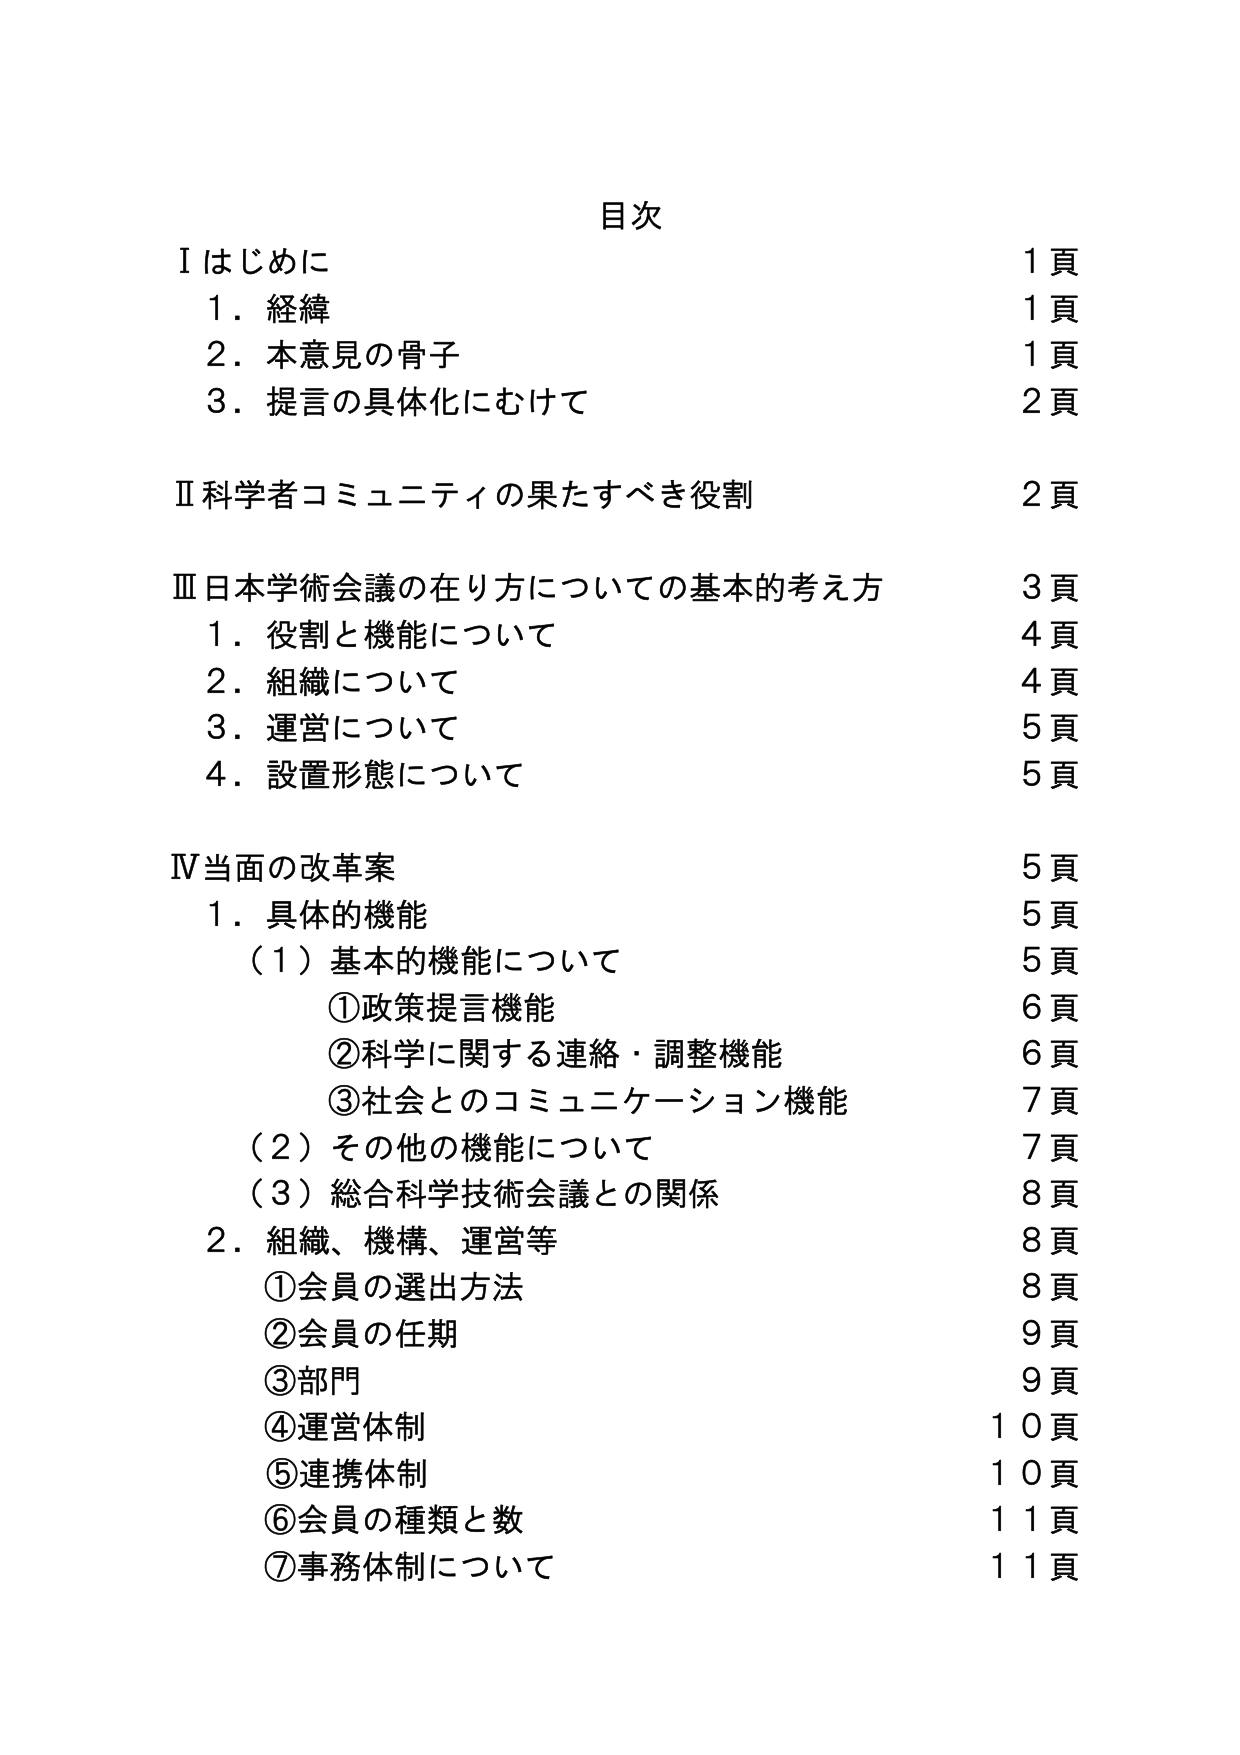
目次

Ⅰ はじめに 1頁
　1．経緯 1頁
　2．本意見の骨子 1頁
　3．提言の具体化にむけて 2頁

Ⅱ 科学者コミュニティの果たすべき役割 2頁

Ⅲ 日本学術会議の在り方についての基本的考え方 3頁
　1．役割と機能について 4頁
　2．組織について 4頁
　3．運営について 5頁
　4．設置形態について 5頁

Ⅳ 当面の改革案 5頁
　1．具体的機能 5頁
　　（1）基本的機能について 5頁
　　　①政策提言機能 6頁
　　　②科学に関する連絡・調整機能 6頁
　　　③社会とのコミュニケーション機能 7頁
　　（2）その他の機能について 7頁
　　（3）総合科学技術会議との関係 8頁
　2．組織、機構、運営等 8頁
　　　①会員の選出方法 8頁
　　　②会員の任期 9頁
　　　③部門 9頁
　　　④運営体制 10頁
　　　⑤連携体制 10頁
　　　⑥会員の種類と数 11頁
　　　⑦事務体制について 11頁